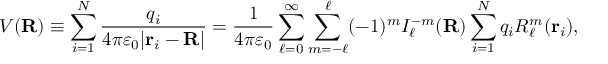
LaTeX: V ( \mathbf { R } ) \equiv \sum _ { i = 1 } ^ { N } { \frac { q _ { i } } { 4 \pi \varepsilon _ { 0 } | \mathbf { r } _ { i } - \mathbf { R } | } } = { \frac { 1 } { 4 \pi \varepsilon _ { 0 } } } \sum _ { \ell = 0 } ^ { \infty } \sum _ { m = - \ell } ^ { \ell } ( - 1 ) ^ { m } I _ { \ell } ^ { - m } ( \mathbf { R } ) \sum _ { i = 1 } ^ { N } q _ { i } R _ { \ell } ^ { m } ( \mathbf { r } _ { i } ) ,